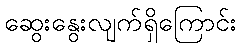
ဆွေးနွေးလျက်ရှိကြောင်း